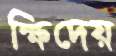
ক্ষিদেয়